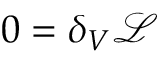
0 = \delta _ { V } \mathcal { L }